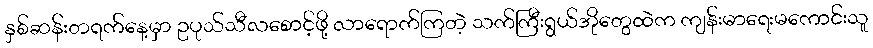
နှစ်ဆန်းတရက်နေ့မှာ ဥပုသ်သီလစောင့်ဖို့ လာရောက်ကြတဲ့ သက်ကြီးရွယ်အိုတွေထဲက ကျန်းမာရေးမကောင်းသူ